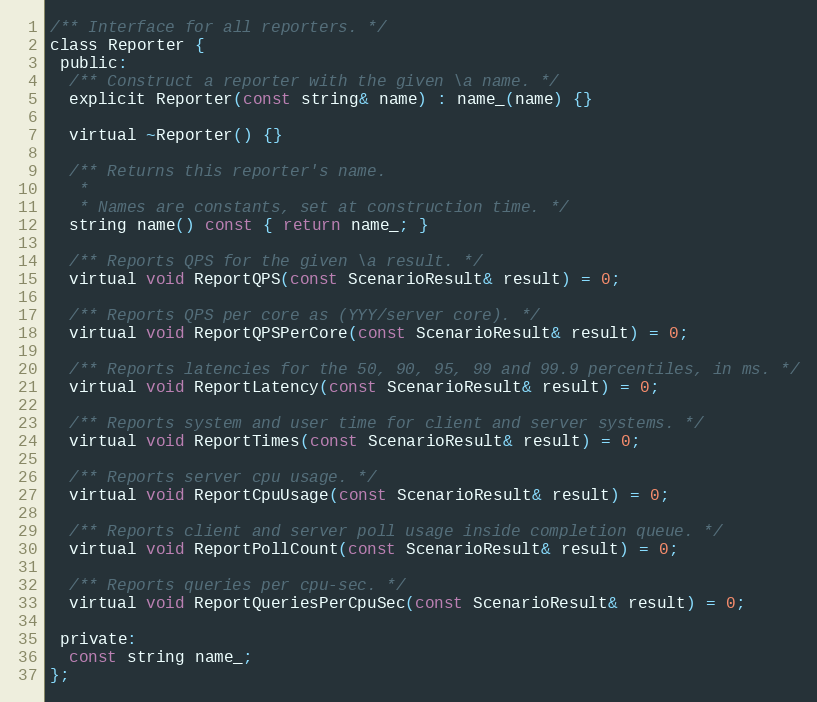
Language: C
/** Interface for all reporters. */
class Reporter {
 public:
  /** Construct a reporter with the given \a name. */
  explicit Reporter(const string& name) : name_(name) {}

  virtual ~Reporter() {}

  /** Returns this reporter's name.
   *
   * Names are constants, set at construction time. */
  string name() const { return name_; }

  /** Reports QPS for the given \a result. */
  virtual void ReportQPS(const ScenarioResult& result) = 0;

  /** Reports QPS per core as (YYY/server core). */
  virtual void ReportQPSPerCore(const ScenarioResult& result) = 0;

  /** Reports latencies for the 50, 90, 95, 99 and 99.9 percentiles, in ms. */
  virtual void ReportLatency(const ScenarioResult& result) = 0;

  /** Reports system and user time for client and server systems. */
  virtual void ReportTimes(const ScenarioResult& result) = 0;

  /** Reports server cpu usage. */
  virtual void ReportCpuUsage(const ScenarioResult& result) = 0;

  /** Reports client and server poll usage inside completion queue. */
  virtual void ReportPollCount(const ScenarioResult& result) = 0;

  /** Reports queries per cpu-sec. */
  virtual void ReportQueriesPerCpuSec(const ScenarioResult& result) = 0;

 private:
  const string name_;
};